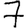
Digit: 7